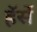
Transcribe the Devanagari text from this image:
हॅसें